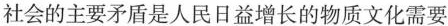
社会的主要矛盾是人民日益增长的物质文化需要